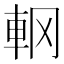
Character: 𨊾